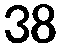
38